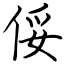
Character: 俀